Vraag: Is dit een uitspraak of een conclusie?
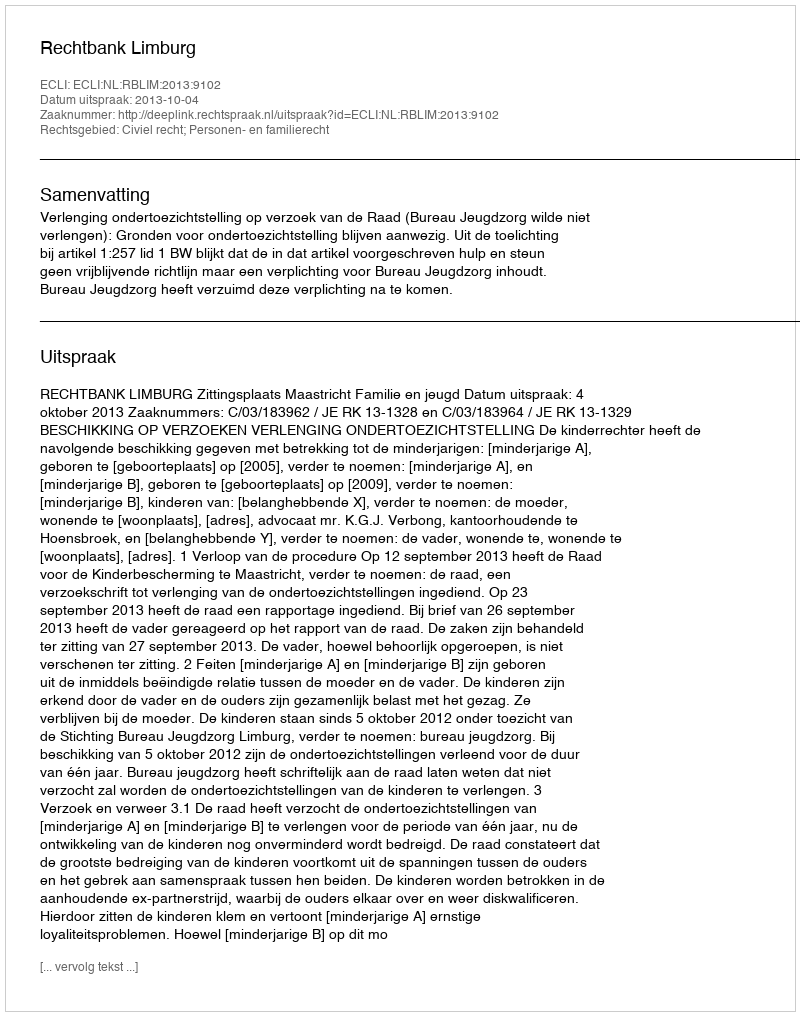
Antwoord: Uitspraak